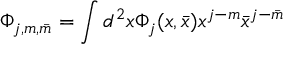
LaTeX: \Phi _ { j , m , \bar { m } } = \int d ^ { 2 } x \Phi _ { j } ( x , \bar { x } ) x ^ { j - m } \bar { x } ^ { j - \bar { m } }